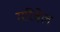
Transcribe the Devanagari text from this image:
मरिबेल